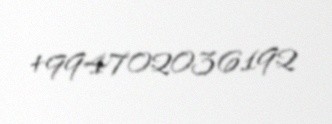
+994702036192